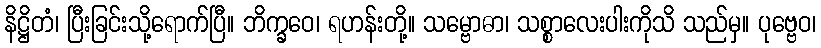
နိဋ္ဌိတံ၊ ပြီးခြင်းသို့ရောက်ပြီ။ ဘိက္ခဝေ၊ ရဟန်းတို့။ သမ္ဗောဓာ၊ သစ္စာလေးပါးကိုသိ သည်မှ။ ပုဗ္ဗေဝ၊